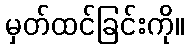
မှတ်ထင်ခြင်းကို။